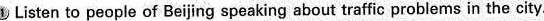
1 Listen to people of Beijing speaking about traffic problems in the city.